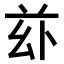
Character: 𠧦